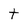
Character: t